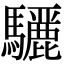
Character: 𮪜